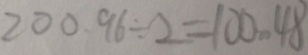
2 0 0 . 9 6 \div 2 = 1 0 0 . 4 8